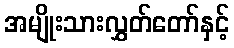
အမျိုးသားလွှတ်တော်နှင့်